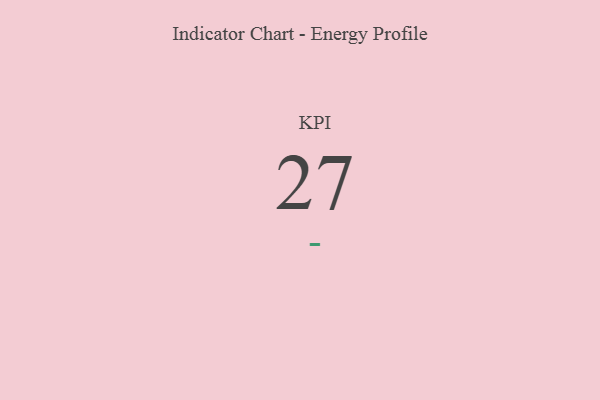
{"axis": {"x": "KPI", "y": "Value"}, "legend": [""], "data": [{"x": "KPI", "y": 27, "type": ""}]}